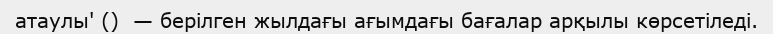
атаулы' ()  — берілген жылдағы ағымдағы бағалар арқылы көрсетіледі.